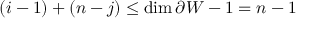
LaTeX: ( i - 1 ) + ( n - j ) \leq \dim \partial W - 1 = n - 1